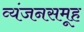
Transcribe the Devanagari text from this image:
व्यंजनसमूह